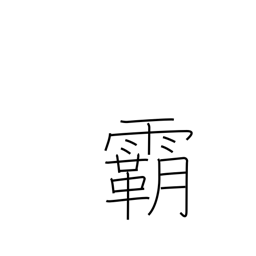
Meaning: leadership